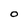
Character: O